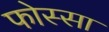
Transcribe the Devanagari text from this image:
फोस्सा